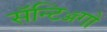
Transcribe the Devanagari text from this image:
सॅन्टिॲगो